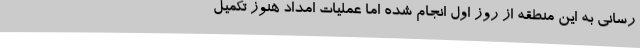
رسانی به این منطقه از روز اول انجام شده اما عملیات امداد هنوز تکمیل